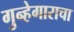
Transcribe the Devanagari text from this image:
गुन्हेगाराचा